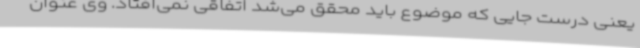
یعنی درست جایی که موضوع باید محقق می‌شد اتفاقی نمی‌افتاد. وی عنوان